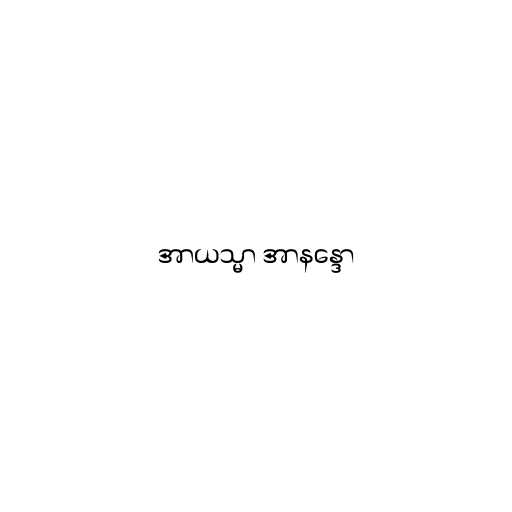
အာယသ္မာ အာနန္ဒော